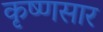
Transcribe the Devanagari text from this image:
कृष्णसार